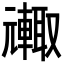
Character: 𮝦